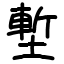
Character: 塹